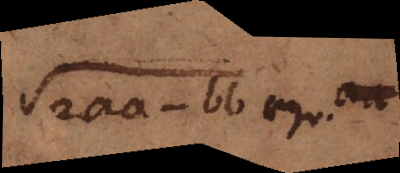
√2aa-bb aequ. aa